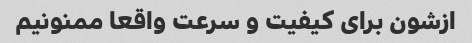
ازشون برای کیفیت و سرعت واقعا ممنونیم